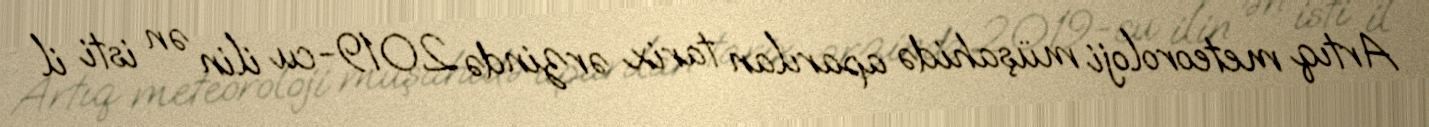
Artıq meteoroloji müşahidə aparılan tarix ərzində 2019-cu ilin ən isti il